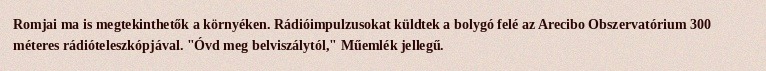
Romjai ma is megtekinthetők a környéken. Rádióimpulzusokat küldtek a bolygó felé az Arecibo Obszervatórium 300 méteres rádióteleszkópjával. "Óvd meg belviszálytól," Műemlék jellegű.